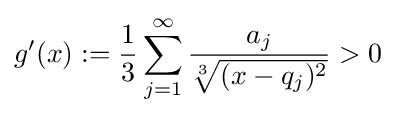
g'(x):={\frac {1}{3}}\sum _{j=1}^{\infty }{\frac {a_{j}}{\sqrt[{3}]{(x-q_{j})^{2}}}}>0